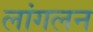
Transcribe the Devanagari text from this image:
लांगलन